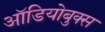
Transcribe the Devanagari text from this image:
ऑडियोबुक्स